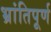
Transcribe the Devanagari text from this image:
भ्रांतिपूर्ण